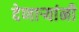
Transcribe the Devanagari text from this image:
देणाऱ्यांनी